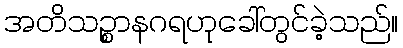
အတိသဉ္စာနဂရဟုခေါ်တွင်ခဲ့သည်။